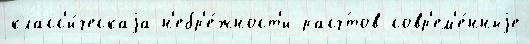
класс'и́ческаjа н'ебр'е́жност'и расч́тов совр'ем'е́нныjе